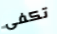
تكفى